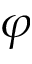
\varphi